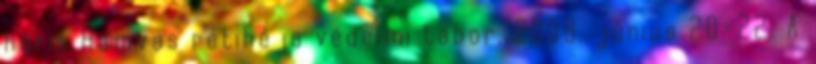
haris Hamvas rétihéja védelmi tábor, 2008. június 20-22. A